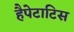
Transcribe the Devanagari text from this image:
हैपेटाटिस